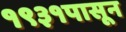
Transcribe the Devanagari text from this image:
१९३१पासून